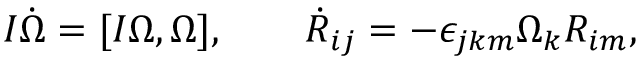
\begin{array} { r } { I \dot { \boldsymbol \Omega } = [ I { \boldsymbol \Omega } , { \boldsymbol \Omega } ] , \qquad \dot { R } _ { i j } = - \epsilon _ { j k m } \Omega _ { k } R _ { i m } , } \end{array}